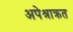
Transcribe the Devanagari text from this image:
अपेश्राक्रत